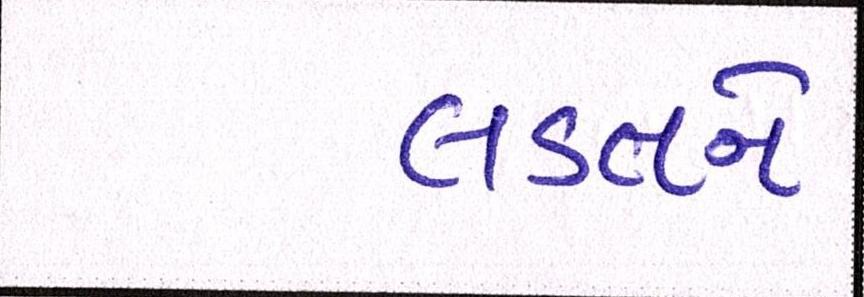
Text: લડતને